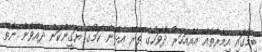
ބިމުގައި އިމާރާތެއް އެއްއަހަރު ދުވަހުގެ ތެރޭ އެޅޭނެ ކަމުގެ ޔަގީންކަން ދެއްވެން ނެތް